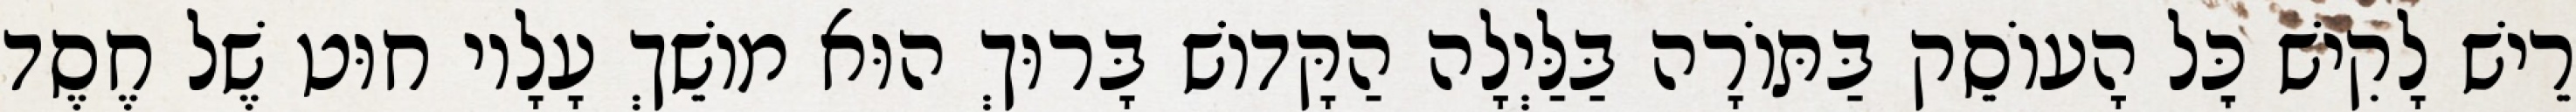
רֵישׁ לָקִישׁ כׇּל הָעוֹסֵק בַּתּוֹרָה בַּלַּיְלָה הַקָּדוֹשׁ בָּרוּךְ הוּא מוֹשֵׁךְ עָלָיו חוּט שֶׁל חֶסֶד